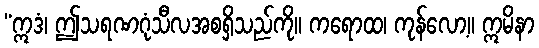
“ဣဒံ၊ ဤသရဏဂုံသီလအစရှိသည်ကို။ ကရောထ၊ ကုန်လော့။ ဣမိနာ